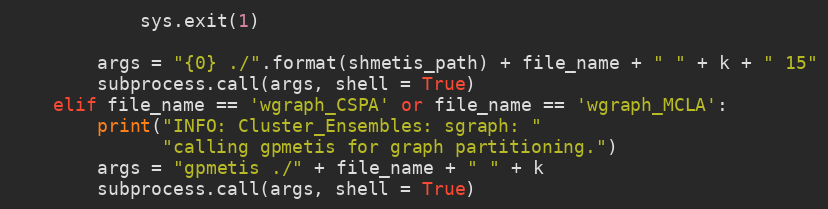
Language: Python
            sys.exit(1)

        args = "{0} ./".format(shmetis_path) + file_name + " " + k + " 15"
        subprocess.call(args, shell = True)
    elif file_name == 'wgraph_CSPA' or file_name == 'wgraph_MCLA':
        print("INFO: Cluster_Ensembles: sgraph: "
              "calling gpmetis for graph partitioning.")
        args = "gpmetis ./" + file_name + " " + k
        subprocess.call(args, shell = True)